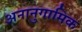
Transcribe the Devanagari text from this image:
अनानुगामिक